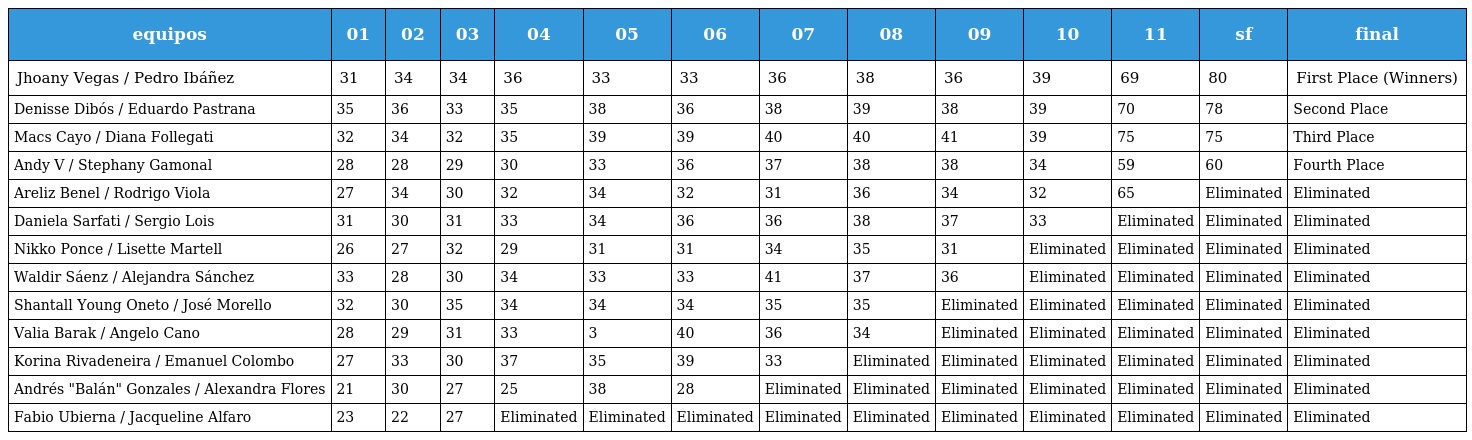
| equipos | 01 | 02 | 03 | 04 | 05 | 06 | 07 | 08 | 09 | 10 | 11 | sf | final |
 | --- | --- | --- | --- | --- | --- | --- | --- | --- | --- | --- | --- | --- | --- |
 | Jhoany Vegas / Pedro Ibáñez | 31 | 34 | 34 | 36 | 33 | 33 | 36 | 38 | 36 | 39 | 69 | 80 | First Place (Winners) |
 | Denisse Dibós / Eduardo Pastrana | 35 | 36 | 33 | 35 | 38 | 36 | 38 | 39 | 38 | 39 | 70 | 78 | Second Place |
 | Macs Cayo / Diana Follegati | 32 | 34 | 32 | 35 | 39 | 39 | 40 | 40 | 41 | 39 | 75 | 75 | Third Place |
 | Andy V / Stephany Gamonal | 28 | 28 | 29 | 30 | 33 | 36 | 37 | 38 | 38 | 34 | 59 | 60 | Fourth Place |
 | Areliz Benel / Rodrigo Viola | 27 | 34 | 30 | 32 | 34 | 32 | 31 | 36 | 34 | 32 | 65 | Eliminated | Eliminated |
 | Daniela Sarfati / Sergio Lois | 31 | 30 | 31 | 33 | 34 | 36 | 36 | 38 | 37 | 33 | Eliminated | Eliminated | Eliminated |
 | Nikko Ponce / Lisette Martell | 26 | 27 | 32 | 29 | 31 | 31 | 34 | 35 | 31 | Eliminated | Eliminated | Eliminated | Eliminated |
 | Waldir Sáenz / Alejandra Sánchez | 33 | 28 | 30 | 34 | 33 | 33 | 41 | 37 | 36 | Eliminated | Eliminated | Eliminated | Eliminated |
 | Shantall Young Oneto / José Morello | 32 | 30 | 35 | 34 | 34 | 34 | 35 | 35 | Eliminated | Eliminated | Eliminated | Eliminated | Eliminated |
 | Valia Barak / Angelo Cano | 28 | 29 | 31 | 33 | 3 | 40 | 36 | 34 | Eliminated | Eliminated | Eliminated | Eliminated | Eliminated |
 | Korina Rivadeneira / Emanuel Colombo | 27 | 33 | 30 | 37 | 35 | 39 | 33 | Eliminated | Eliminated | Eliminated | Eliminated | Eliminated | Eliminated |
 | Andrés "Balán" Gonzales / Alexandra Flores | 21 | 30 | 27 | 25 | 38 | 28 | Eliminated | Eliminated | Eliminated | Eliminated | Eliminated | Eliminated | Eliminated |
 | Fabio Ubierna / Jacqueline Alfaro | 23 | 22 | 27 | Eliminated | Eliminated | Eliminated | Eliminated | Eliminated | Eliminated | Eliminated | Eliminated | Eliminated | Eliminated |